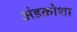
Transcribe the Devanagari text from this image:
अंडकोशा